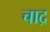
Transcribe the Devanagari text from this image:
चाद्र